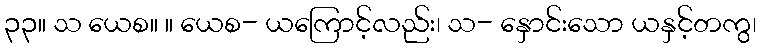
၃၃။ သ ယေစ။ ။ ယေစ- ယကြောင့်လည်း၊ သ- နှောင်းသော ယနှင့်တကွ၊